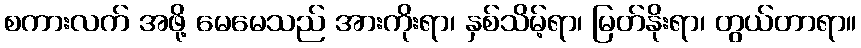
စကားလက် အဖို့ မေမေသည် အားကိုးရာ၊ နှစ်သိမ့်ရာ၊ မြတ်နိုးရာ၊ တွယ်တာရာ။